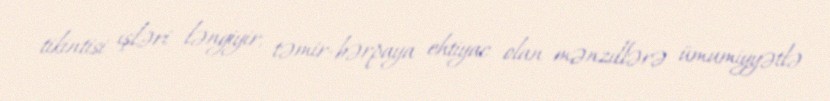
tikintisi işləri ləngiyir, təmir-bərpaya ehtiyac olan mənzillərə ümumiyyətlə